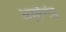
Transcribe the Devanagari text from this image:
अर्मेगंड